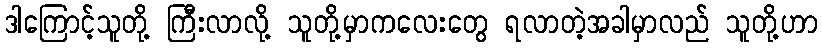
ဒါကြောင့်သူတို့ ကြီးလာလို့ သူတို့မှာကလေးတွေ ရလာတဲ့အခါမှာလည် သူတို့ဟာ